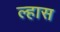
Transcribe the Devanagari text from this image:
ल्हास